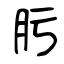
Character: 肟